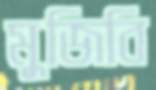
মুজিবি